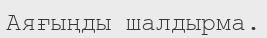
Аяғыңды шалдырма.